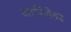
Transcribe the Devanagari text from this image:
जाणिवेवर